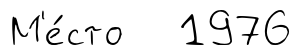
М'е́сто 1976